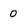
Character: 0